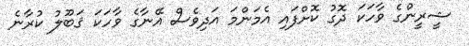
ޝީރީންގެ ވާހަކަ ދޮގު ކޮށްފައި އެމަންމަ އަދިވެސް އޭނާގެ ވާހަކަ ޤަބޫލު ކުރާނެ